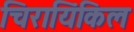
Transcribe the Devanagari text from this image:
चिरायिंकिल